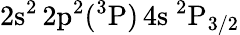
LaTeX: \mathrm{2s^{2}\, 2p^{2}(^{3}P)\, 4s~^{2}P_{3/2}}